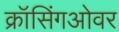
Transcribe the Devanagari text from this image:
क्रॉसिंगओवर